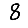
Digit: 8